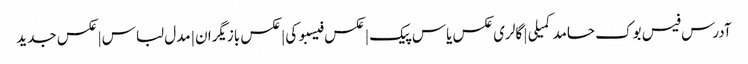
آدرس فیس بوک حامد کمیلی | گالری عکس یاس پیک | عکس فیسبوکی | عکس بازیگران | مدل لباس | عکس جدید